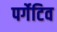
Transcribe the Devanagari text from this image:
पर्गेटिव